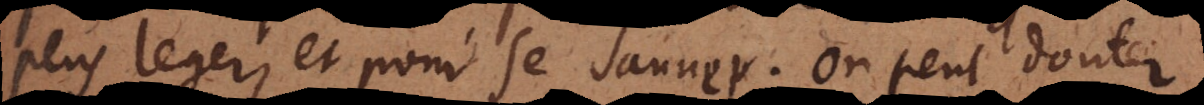
plus leger, et pour se sauver; on peut douter